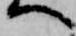
へ